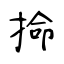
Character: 掵